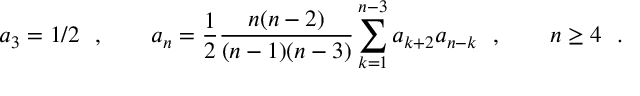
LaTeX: a _ { 3 } = 1 / 2 \ \ , \qquad a _ { n } = { \frac { 1 } { 2 } } { \frac { n ( n - 2 ) } { ( n - 1 ) ( n - 3 ) } } \sum _ { k = 1 } ^ { n - 3 } a _ { k + 2 } a _ { n - k } \ \ , \qquad n \ge 4 \ \ .